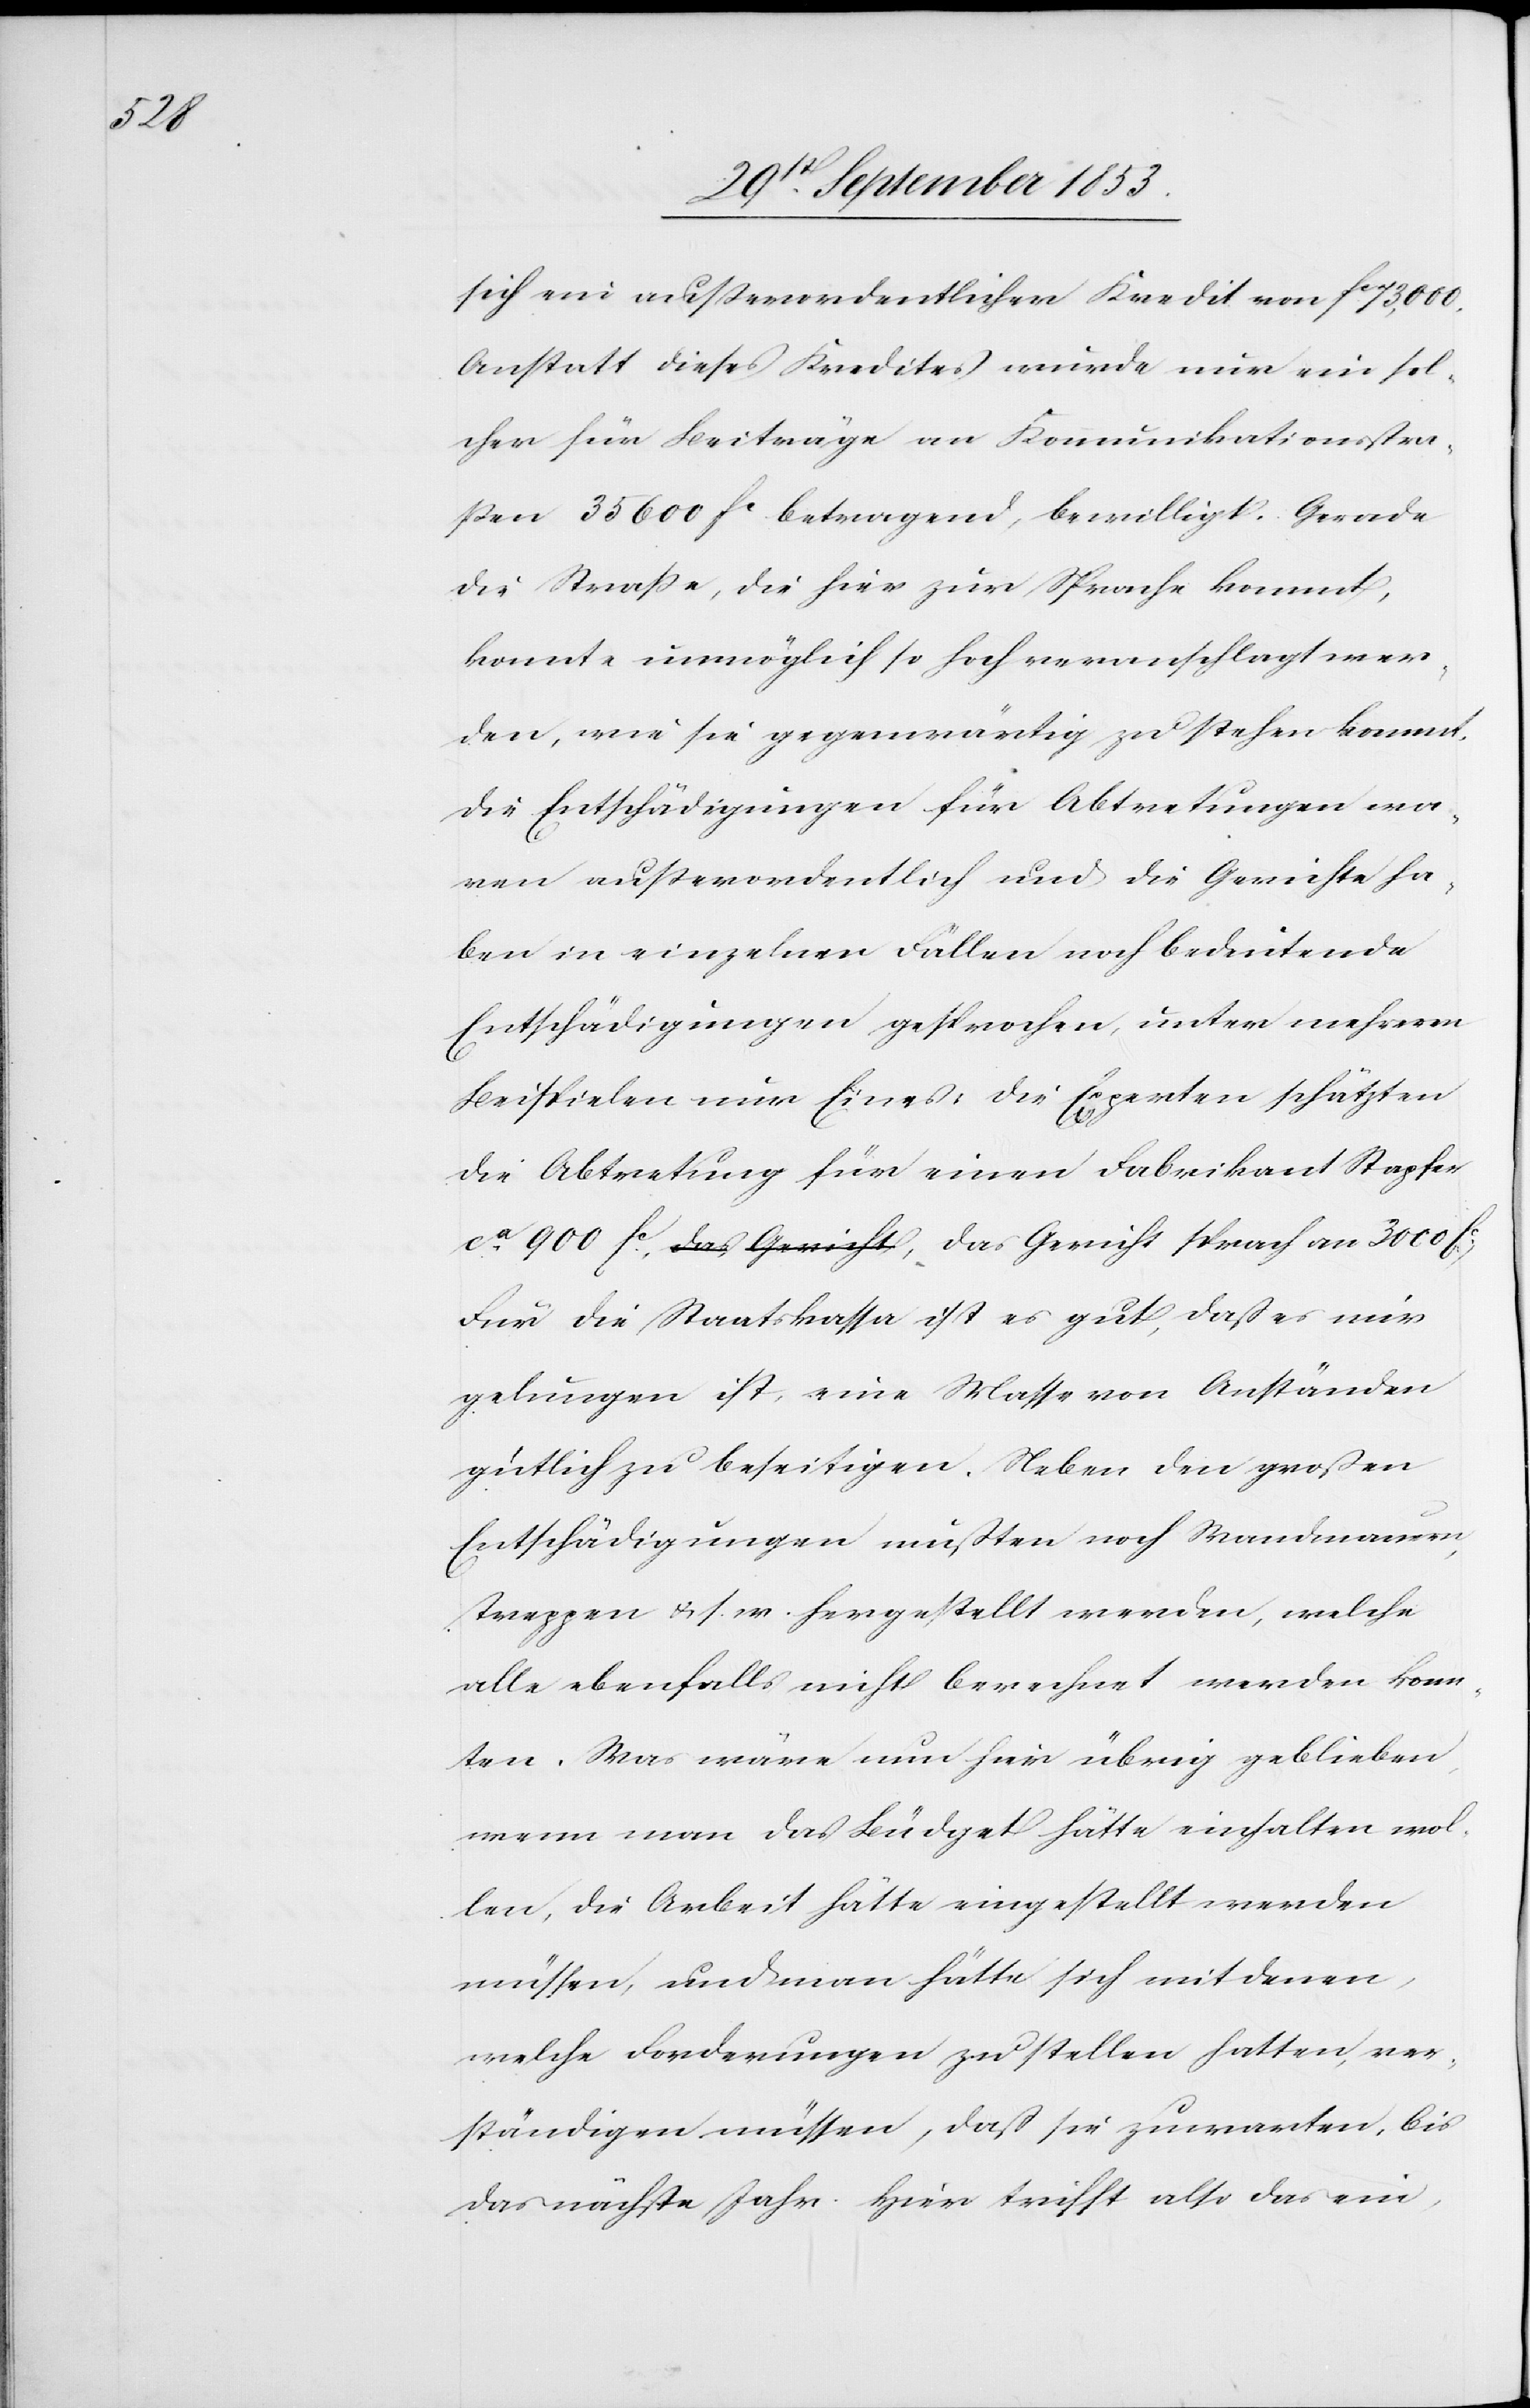
an
sich ein außerordentlicher Kredit von fc 73,000.
Anstatt dieses Kredites wurde nur ein sol¬
cher für Beiträge an Kommunikationsstra¬
ßen 35 600 fc betragend, bewilligt. Gerade
die Straße, die hier zur Sprache kommt,
konnte unmöglich so hoch veranschlagt wer¬
den, wie sie gegenwärtig zu stehen kommt,
die Entschädigungen für Abtretungen wa¬
ren außerordentlich und die Gerichte ha¬
ben in einzelnen Fällen noch bedeutende
Entschädigungen gesprochen, unter mehreren
Beispielen nur Eines, die Experten schätzen
die Abtretung für einen Fabrikant Stapfer
Für die Staatskasse ist es gut, daß es nur
gelungen ist, eine Masse von Anständen
gütlich zu beseitigen. Neben den großen
Entschädigungen mußten noch Wanderungen,
Truppen u. s. w. hergestellt werden, welche
alle ebenfalls nicht berechnet werden konn¬
ten. Was wäre nun hier übrig geblieben,
wenn man das Büdget hätte einhalten wol¬
len, die Arbeit hätte eingestellt werden
müssen, und man hätte sich mit denen,
welche Forderungen zu stellen hatten, ver¬
ständigen müssen, daß sie zuwarten, bis
das nächste Jahr. Hier trifft also das ein,